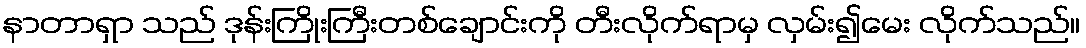
နာတာရှာ သည် ဒုန်းကြိုးကြီးတစ်ချောင်းကို တီးလိုက်ရာမှ လှမ်း၍မေး လိုက်သည်။